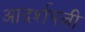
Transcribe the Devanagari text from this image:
आदर्शपत्नी